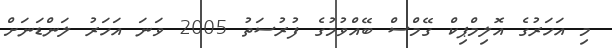
މި އަހަރުގެ އޮލިމްޕިކް ގޭމްސް ބޭއްވުމުގެ ފުރުސަތު 2005 ވަނަ އަހަރު ލަންޑަނަށް